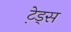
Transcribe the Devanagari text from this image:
टे़ड्स